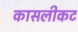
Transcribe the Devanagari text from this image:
कासलीकट